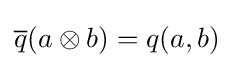
{\overline {q}}(a\otimes b)=q(a,b)